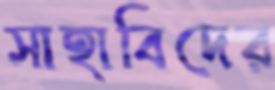
সাহাবিদের